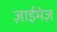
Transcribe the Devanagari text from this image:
ज़ाईमेज़